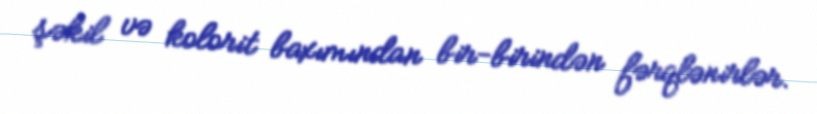
şəkil və kolorit baxımından bir-birindən fərqlənirlər.